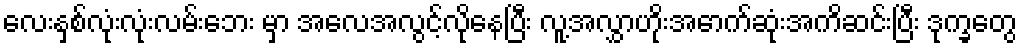
လေးနှစ်လုံးလုံးလမ်းဘေး မှာ အလေအလွင့်လိုနေပြီး လူ့အလွှာဟိုးအောက်ဆုံးအကိဆင်းပြီး ဒုက္ခတွေ